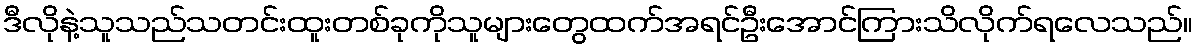
ဒီလိုနဲ့သူသည်သတင်းထူးတစ်ခုကိုသူများတွေထက်အရင်ဦးအောင်ကြားသိလိုက်ရလေသည်။